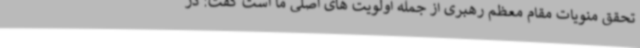
تحقق منویات مقام معظم رهبری از جمله اولویت های اصلی ما است گفت: در